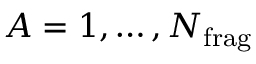
A = 1 , \ldots , N _ { \mathrm { f r a g } }